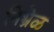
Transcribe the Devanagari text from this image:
निभ्रेळ